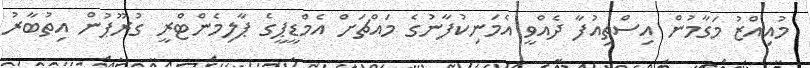
މުއިއްޒު މަގާމުން އިސްތިއުފާ ދެއްވީ އެމަނިކުފާނުގެ މައްޗަށް އެމްޑީޕީގެ ޕާލިމެންޓްރީ ގުރޫޕުން އިތުބާރު